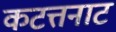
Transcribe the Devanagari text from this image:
कटत्तनाट